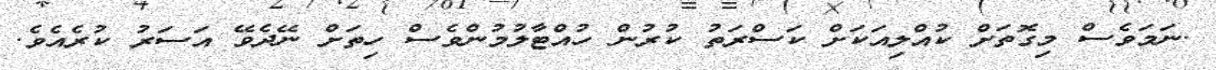
.ނަމަވެސް މިގޮތަށް ކުއްލިއަކަށް ކަސްރަތު ކުރުން ހުއްޓާލުމުންވެސް ހިތަށް ނޭދެވޭ އަސަރު ކުރެއެވެ.